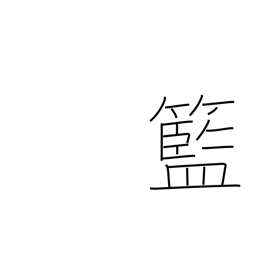
Meaning: basket